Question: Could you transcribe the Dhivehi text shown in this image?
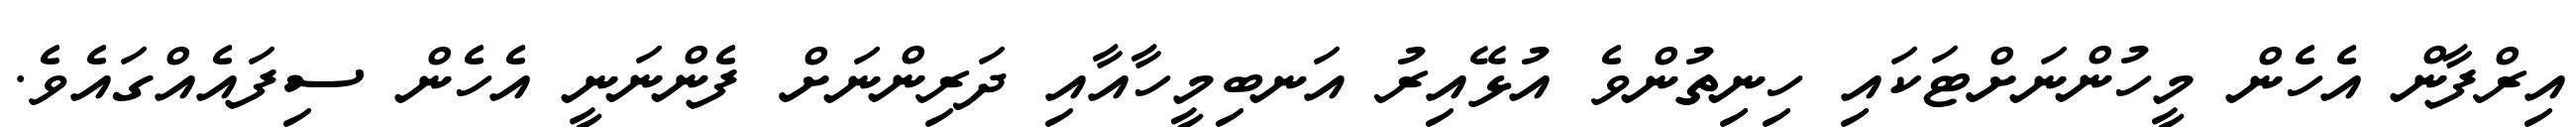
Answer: އިރްފާން އެހެން މީހުންނަށްޓަކައި ހިނިތުންވެ އުޅޭއިރު އަނބިމީހާއާއި ދަރިންނަށް ފެންނަނީ އެހެން ސިފައެއްގައެވެ.